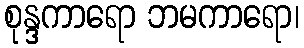
စုန္ဒကာရော ဘမကာရော၊